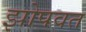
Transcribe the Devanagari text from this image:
झोपवत